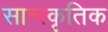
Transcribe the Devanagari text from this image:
सान्स्कृतिक